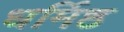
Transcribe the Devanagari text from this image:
धर्मिष्ठ